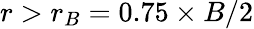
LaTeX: {r>r_{B}=0.75\times B/2}